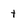
Character: t